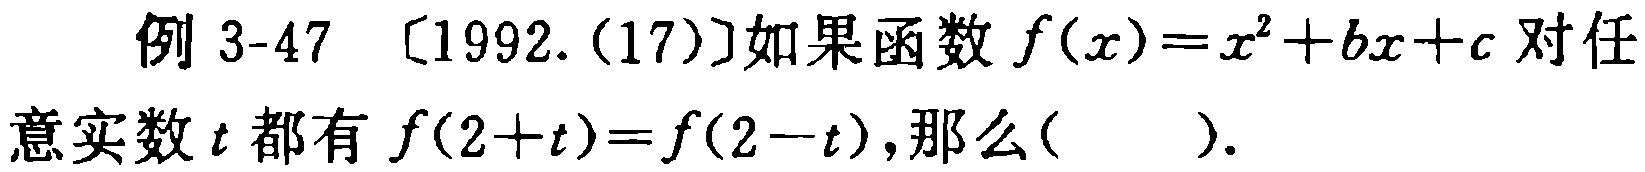
例 3-47 [1992.(17)]如果函数 \(f(x)=x^{2}+bx + c\) 对任意实数 \(t\) 都有 \(f(2 + t)=f(2 - t)\),那么( ).